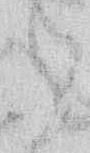
ら